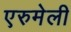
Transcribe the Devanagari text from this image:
एरुमेली